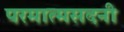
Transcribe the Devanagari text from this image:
परमात्मसदनी